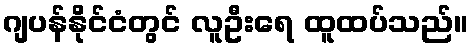
ဂျပန်နိုင်ငံတွင် လူဦးရေ ထူထပ်သည်။